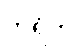
ဘရိတ်